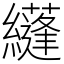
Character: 纄